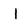
Character: l